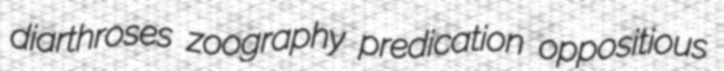
diarthroses zoography predication oppositious